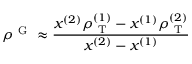
\rho ^ { \mathrm { ~ G ~ } } \approx \frac { x ^ { ( 2 ) } \rho _ { \mathrm { ~ T ~ } } ^ { ( 1 ) } - x ^ { ( 1 ) } \rho _ { \mathrm { ~ T ~ } } ^ { ( 2 ) } } { x ^ { ( 2 ) } - x ^ { ( 1 ) } }